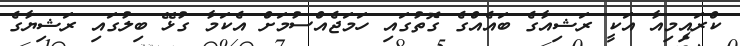
ކްރައިމިއާ އަކީ ރަޝިއާގެ ބައެއްގެ ގޮތުގައި ހަމަޖެއްސުމަށް އެކަމާ ގުޅޭ ބިލުގައި ރަޝިޔާގެ